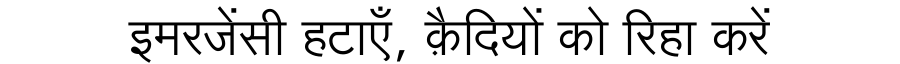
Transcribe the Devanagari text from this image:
इमरजेंसी हटाएँ, क़ैदियों को रिहा करें